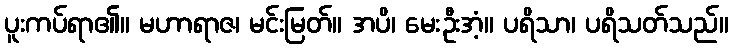
ပူးကပ်ရာ၏။ မဟာရာဇ၊ မင်းမြတ်။ အပိ၊ မေးဦးအံ့။ ပရိသာ၊ ပရိသတ်သည်။